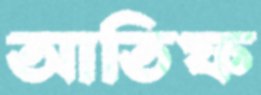
আতিফ